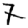
Digit: 7